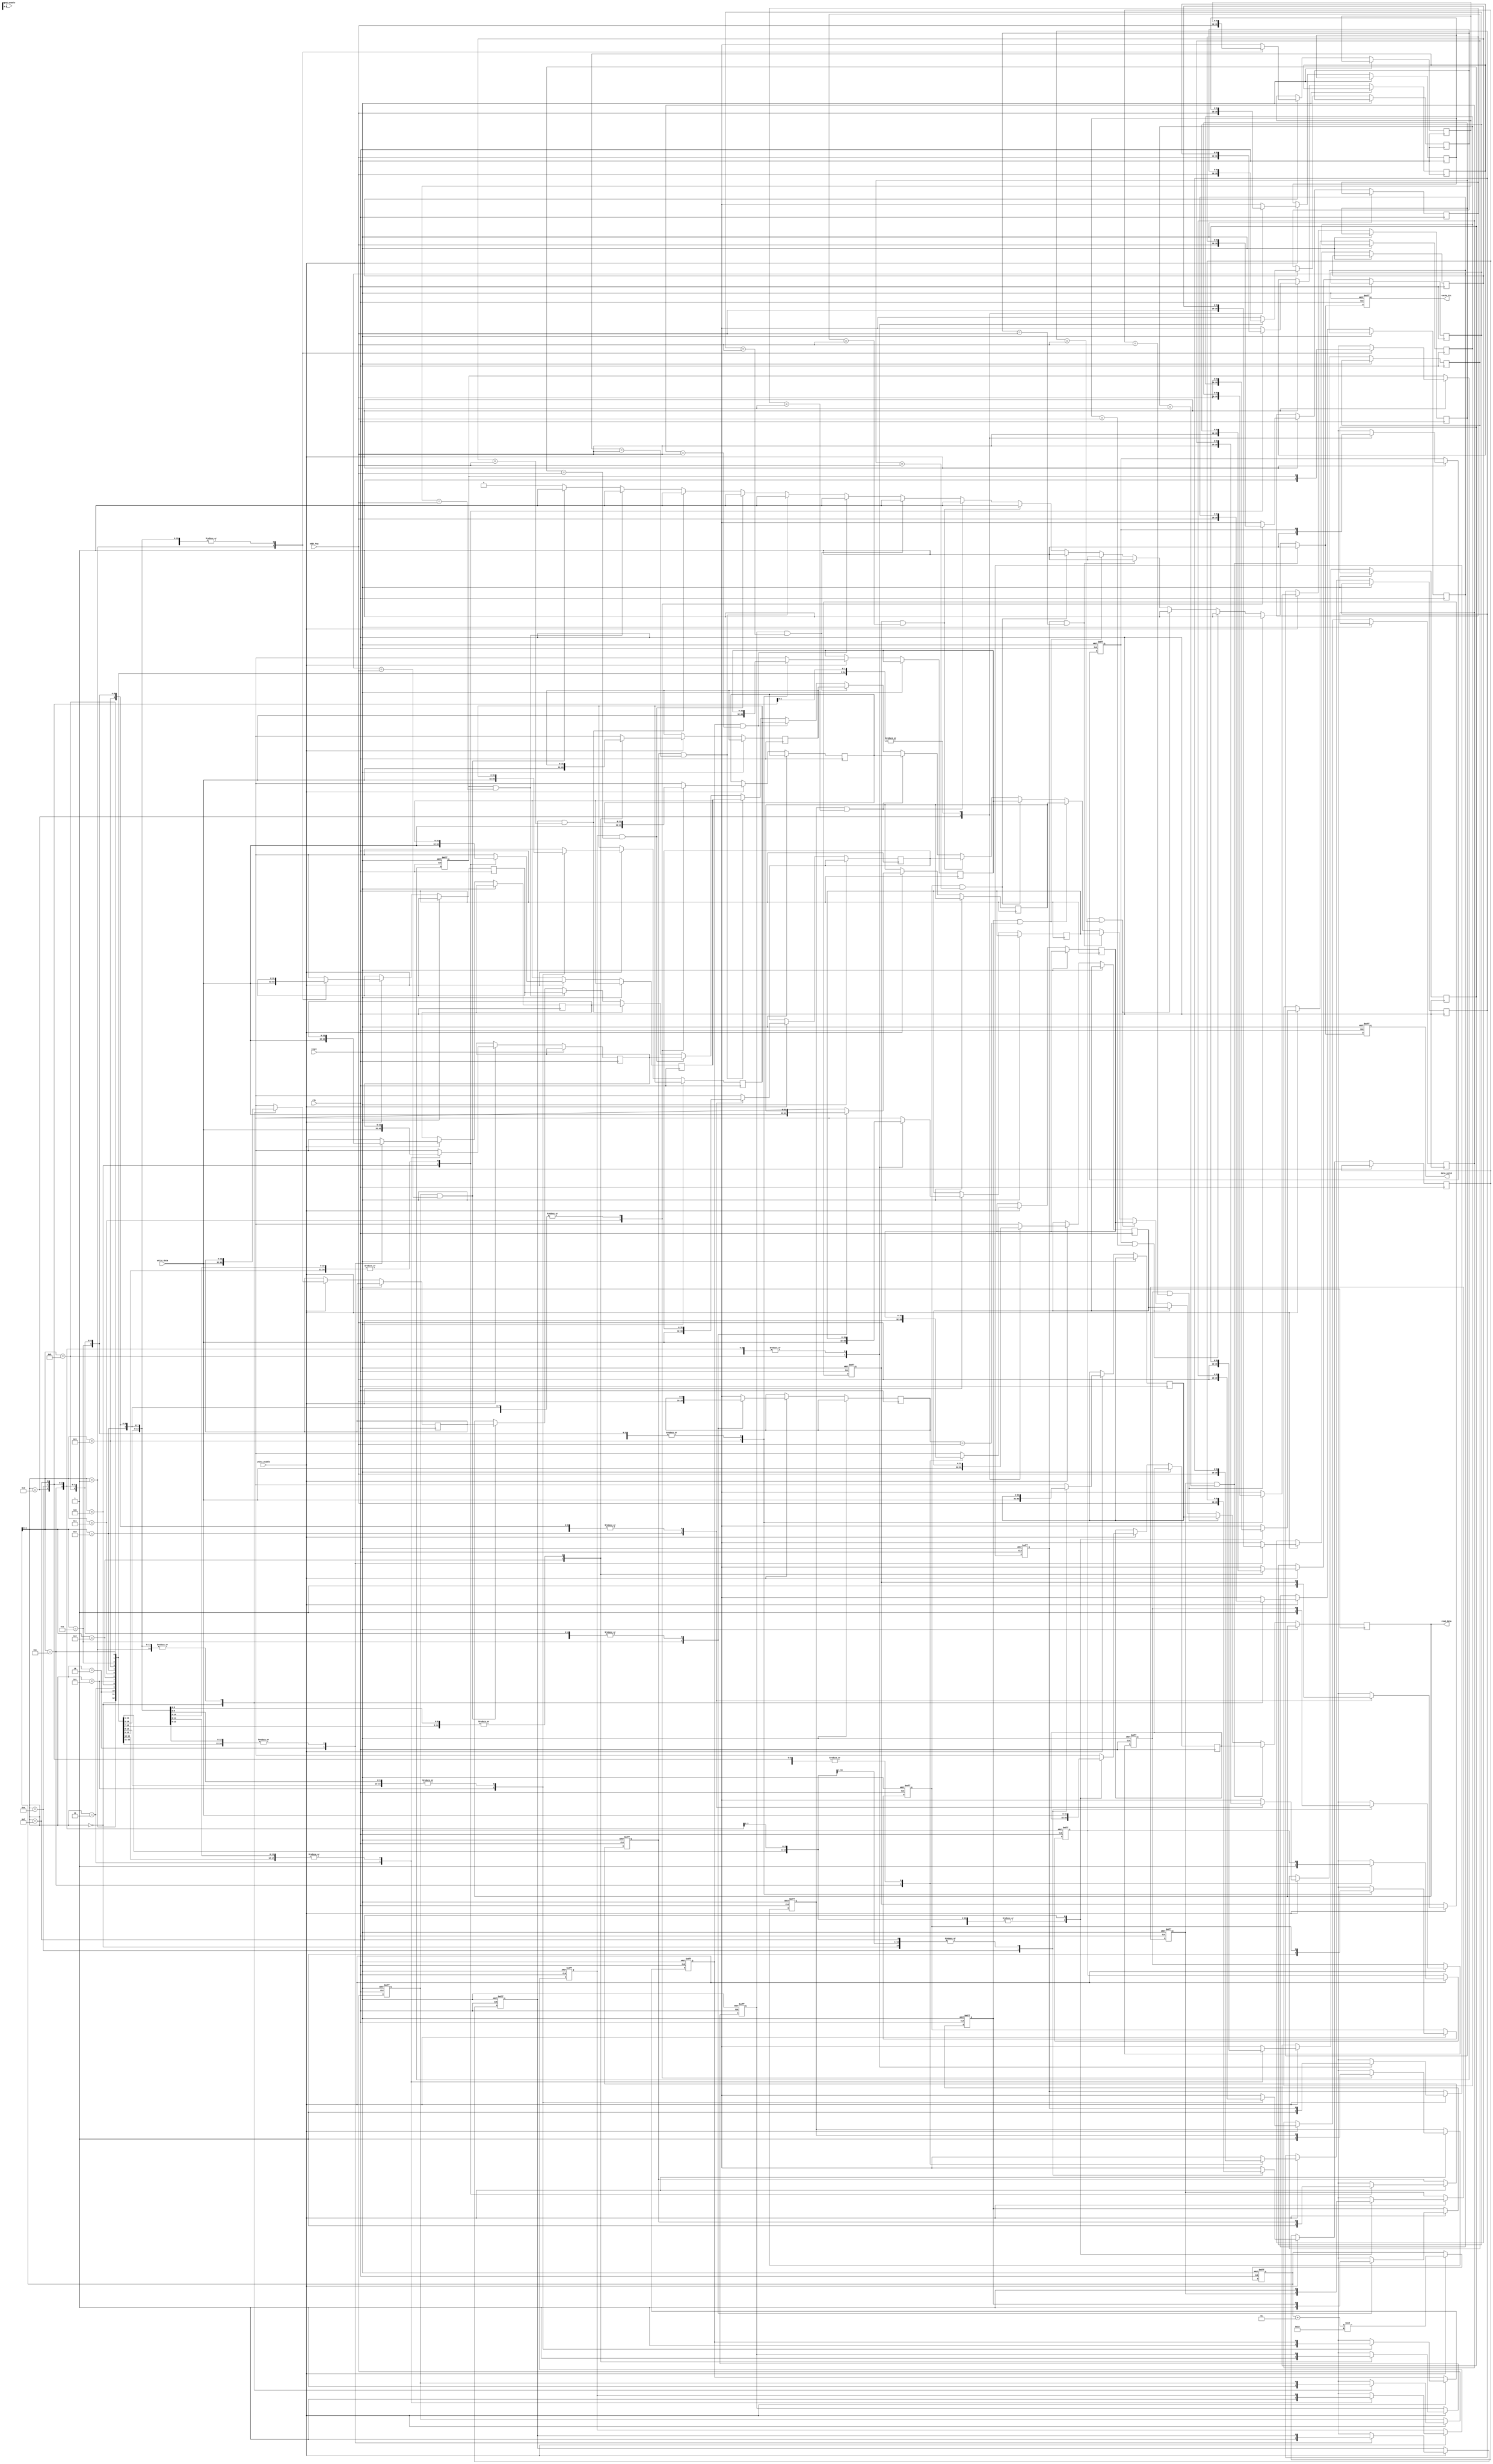
module fully_associative_cache #(
    parameter DATA_WIDTH = 32,      // Width of the data block
    parameter TAG_WIDTH = 10,        // Width of the tag
    parameter CACHE_SIZE = 16        // Number of cache lines
)(
    input wire clk,
    input wire reset,
    input wire [TAG_WIDTH-1:0] addr_tag, // Tag from the address
    input wire [DATA_WIDTH-1:0] write_data, // Data to write
    input wire read_enable,            // Read enable signal
    input wire write_enable,           // Write enable signal
    output reg [DATA_WIDTH-1:0] read_data, // Data output
    output reg cache_hit,              // Cache hit signal
    output reg data_valid              // Data valid signal
);

    // Cache line structure
    reg [DATA_WIDTH-1:0] cache_data [0:CACHE_SIZE-1]; // Data storage
    reg [TAG_WIDTH-1:0] cache_tag [0:CACHE_SIZE-1];   // Tag storage
    reg valid_bit [0:CACHE_SIZE-1];                    // Valid bits
    integer i;

    // Replacement policy: Simple FIFO for this example
    integer lru_index; // Index of the least recently used line

    // Initialize cache
    initial begin
        for (i = 0; i < CACHE_SIZE; i = i + 1) begin
            valid_bit[i] = 0;
        end
        lru_index = 0; // Start with the first line as LRU
    end

    // Cache access logic
    always @(posedge clk or posedge reset) begin
        if (reset) begin
            // Reset cache
            for (i = 0; i < CACHE_SIZE; i = i + 1) begin
                valid_bit[i] = 0;
            end
            lru_index = 0;
            cache_hit = 0;
            data_valid = 0;
        end else begin
            cache_hit = 0;
            data_valid = 0;

            // Check for cache hit
            for (i = 0; i < CACHE_SIZE; i = i + 1) begin
                if (valid_bit[i] && (cache_tag[i] == addr_tag)) begin
                    // Cache hit
                    read_data = cache_data[i];
                    cache_hit = 1;
                    data_valid = 1;
                end
            end

            // If write enable is active
            if (write_enable) begin
                // Write data to the cache
                cache_data[lru_index] = write_data;
                cache_tag[lru_index] = addr_tag;
                valid_bit[lru_index] = 1;
                // Update LRU index (simple FIFO)
                lru_index = (lru_index + 1) % CACHE_SIZE;
            end
        end
    end

endmodule